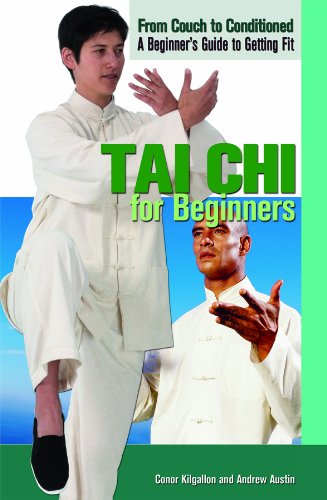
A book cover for Tai Chi for Beginners (From Couch to Conditioned: a Beginner's Guide to Getting Fit); Andrew Austin; Teen & Young Adult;